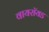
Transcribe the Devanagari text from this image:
वायरॉयड